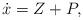
LaTeX: \begin{align*}\dot x=Z+P,\end{align*}